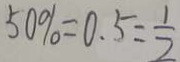
5 0 \% = 0 . 5 = \frac { 1 } { 2 }